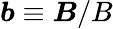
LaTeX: \boldsymbol{b}\equiv\boldsymbol{B}/B